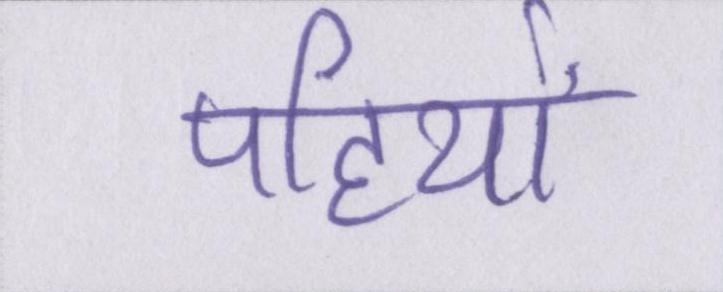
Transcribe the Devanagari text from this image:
पहियों